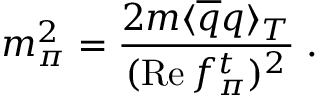
m _ { \pi } ^ { 2 } = \frac { 2 m \langle \overline { { { q } } } q \rangle _ { T } } { ( \mathrm { R e } \, f _ { \pi } ^ { t } ) ^ { 2 } } \; .